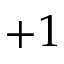
+ 1